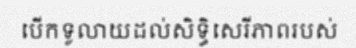
បើកទូលាយដល់សិទ្ធិសេរីភាពរបស់